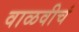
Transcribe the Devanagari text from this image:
वाळवीचं